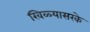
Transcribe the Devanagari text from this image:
खिळ्यासरके